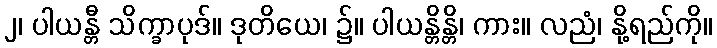
၂၊ ပါယန္တီ သိက္ခာပုဒ်။ ဒုတိယေ၊ ၌။ ပါယန္တိန္တိ၊ ကား။ လညံ၊ နို့ရည်ကို။